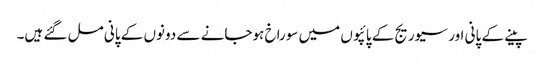
پینے کے پانی اور سیوریج کے پائپوں میں سوراخ ہوجانے سے دونوں کے پانی مل گئے ہیں۔